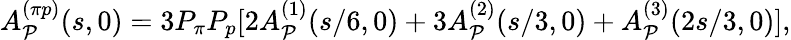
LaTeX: A_{\cal P}^{(\pi p)}(s,0)=3P_{\pi}P_{p}[2A_{\cal P}^{(1)}(s/6,0)+3A_{\cal P}^{(2)}(s/3,0)+A_{\cal P}^{(3)}(2s/3,0)],